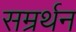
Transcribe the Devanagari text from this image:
सम्रर्थन